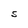
Character: S